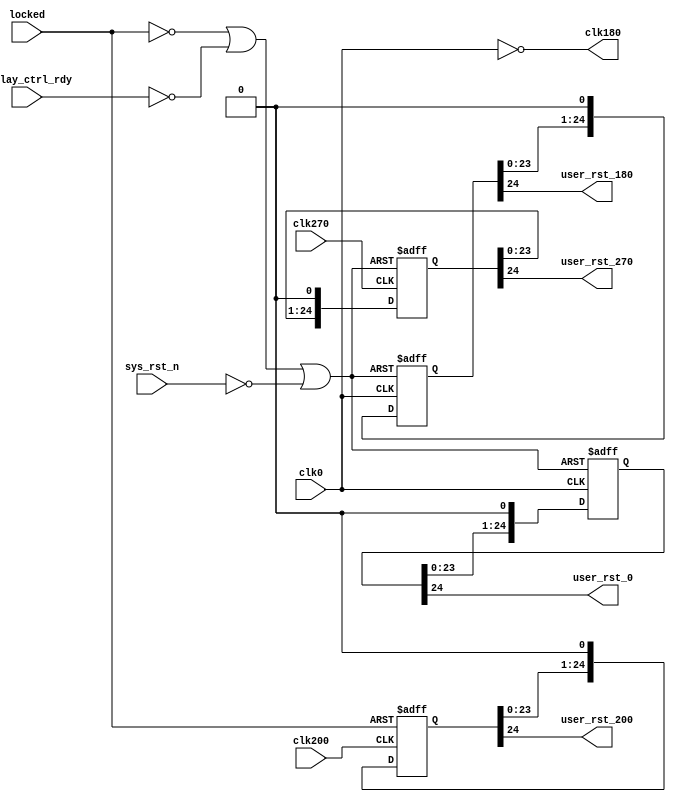
/*******************************************************************************
 *
 *  NetFPGA-10G http://www.netfpga.org
 *
 *  File:
 *        aximemorycontroller.v
 *
 *  Library:
 *        hw/std/pcores/nf10_sram_fifo
 *
 *  Module:
 *        nf10_sram_fifo
 *
 *  Author:
 *        Sam D'Amico
 *
 *  Description:
 *        AXI4-Stream SRAM FIFO Top Module
 *
 *  Copyright notice:
 *        Copyright (C) 2010,2011 The Board of Trustees of The Leland Stanford
 *                                Junior University
 *
 *  Licence:
 *        This file is part of the NetFPGA 10G development base package.
 *
 *        This package is free software: you can redistribute it and/or modify
 *        it under the terms of the GNU Lesser General Public License as
 *        published by the Free Software Foundation, either version 3 of the
 *        License, or (at your option) any later version.
 *
 *        This package is distributed in the hope that it will be useful, but
 *        WITHOUT ANY WARRANTY; without even the implied warranty of
 *        MERCHANTABILITY or FITNESS FOR A PARTICULAR PURPOSE.  See the GNU
 *        Lesser General Public License for more details.
 *
 *        You should have received a copy of the GNU Lesser General Public
 *        License along with the NetFPGA source package.  If not, see
 *        http://www.gnu.org/licenses/.
 *
 */
module qdrii_infrastructure #
  (
   parameter RST_ACT_LOW = 1
   )
  (
   input  sys_rst_n,
   input  idelay_ctrl_rdy,
   input  locked,
   input  clk0,
//   input  clk180,
   input  clk270,
   input  clk200,
   output clk180,
   output user_rst_0,
   output user_rst_180,
   output user_rst_270,
   output user_rst_200
   );

   // # of clock cycles to delay deassertion of reset. Needs to be a fairly
   // high number not so much for metastability protection, but to give time
   // for reset (i.e. stable clock cycles) to propagate through all state
   // machines and to all control signals (i.e. not all control signals have
   // resets, instead they rely on base state logic being reset, and the effect
   // of that reset propagating through the logic). Need this because we may not
   // be getting stable clock cycles while reset asserted (i.e. since reset
   // depends on PLL/DCM lock status)
   localparam RST_SYNC_NUM = 25;

   reg [RST_SYNC_NUM-1:0] rst0_sync_r/*synthesis syn_maxfan = 10*/;
   reg [RST_SYNC_NUM-1:0] rst180_sync_r/*synthesis syn_maxfan = 10*/;
   reg [RST_SYNC_NUM-1:0] rst270_sync_r/*synthesis syn_maxfan = 10*/;
   reg [RST_SYNC_NUM-1:0] rst200_sync_r/*synthesis syn_maxfan = 10*/;

   wire user_reset_in;
   wire rst_tmp;

   assign clk180 = ~clk0;

   assign user_reset_in = RST_ACT_LOW ? ~sys_rst_n : sys_rst_n;

   //***************************************************************************
   // Reset synchronization
   // NOTES:
   //   1. shut down the whole operation if the PLL/ DCM hasn't yet locked (and
   //      by inference, this means that external SYS_RST_IN has been asserted -
   //      PLL/DCM deasserts LOCKED as soon as SYS_RST_IN asserted)
   //   2. In the case of all resets except rst200, also assert reset if the
   //      IDELAY master controller is not yet ready
   //   3. asynchronously assert reset. This was we can assert reset even if
   //      there is no clock (needed for things like 3-stating output buffers).
   //      reset deassertion is synchronous.
   //***************************************************************************
   assign rst_tmp = ~locked | ~idelay_ctrl_rdy | user_reset_in;

   // synthesis attribute max_fanout of rst0_sync_r is 10
   // synthesis attribute buffer_type of rst0_sync_r is "none"
   always @(posedge clk0 or posedge rst_tmp)
     if (rst_tmp)
       rst0_sync_r <= {RST_SYNC_NUM{1'b1}};
     else
       // logical left shift by one (pads with 0)
       rst0_sync_r <= rst0_sync_r << 1;

   // synthesis attribute max_fanout of rst180_sync_r is 10
   always @(posedge clk180 or posedge rst_tmp)
     if (rst_tmp)
       rst180_sync_r <= {RST_SYNC_NUM{1'b1}};
     else
       rst180_sync_r <= rst180_sync_r << 1;

   // synthesis attribute max_fanout of rst270_sync_r is 10
   always @(posedge clk270 or posedge rst_tmp)
     if (rst_tmp)
       rst270_sync_r <= {RST_SYNC_NUM{1'b1}};
     else
       rst270_sync_r <= rst270_sync_r << 1;

   // make sure CLK200 doesn't depend on IDELAY_CTRL_RDY, else chicken n' egg
   // synthesis attribute max_fanout of rst200_sync_r is 10
   always @(posedge clk200 or negedge locked)
     if (!locked)
       rst200_sync_r <= {RST_SYNC_NUM{1'b1}};
     else
       rst200_sync_r <= rst200_sync_r << 1;

   assign user_rst_0 = rst0_sync_r[RST_SYNC_NUM-1];
   assign user_rst_180 = rst180_sync_r[RST_SYNC_NUM-1];
   assign user_rst_270 = rst270_sync_r[RST_SYNC_NUM-1];
   assign user_rst_200 = rst200_sync_r[RST_SYNC_NUM-1];

endmodule